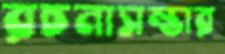
রচনাসম্ভার